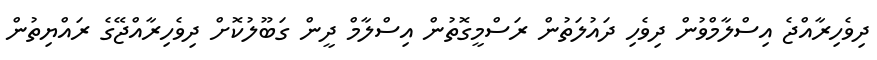
ދިވެހިރާއްޖެ އިސްލާމްވުން ދިވެހި ދައުލަތުން ރަސްމީގޮތުން އިސްލާމް ދީން ގަބޫލުކޮށް ދިވެހިރާއްޖޭގެ ރައްޔިތުން